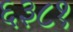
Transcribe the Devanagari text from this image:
६३८१